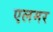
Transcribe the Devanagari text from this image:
एलमर